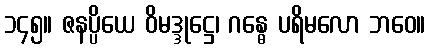
၁၄၅။ ဇနပ္ပိယေ ဝိမဒ္ဒုဋ္ဌေ၊ ဂန္ဓေ ပရိမလော ဘဝေ။